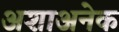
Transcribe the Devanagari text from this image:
अशाअनेक